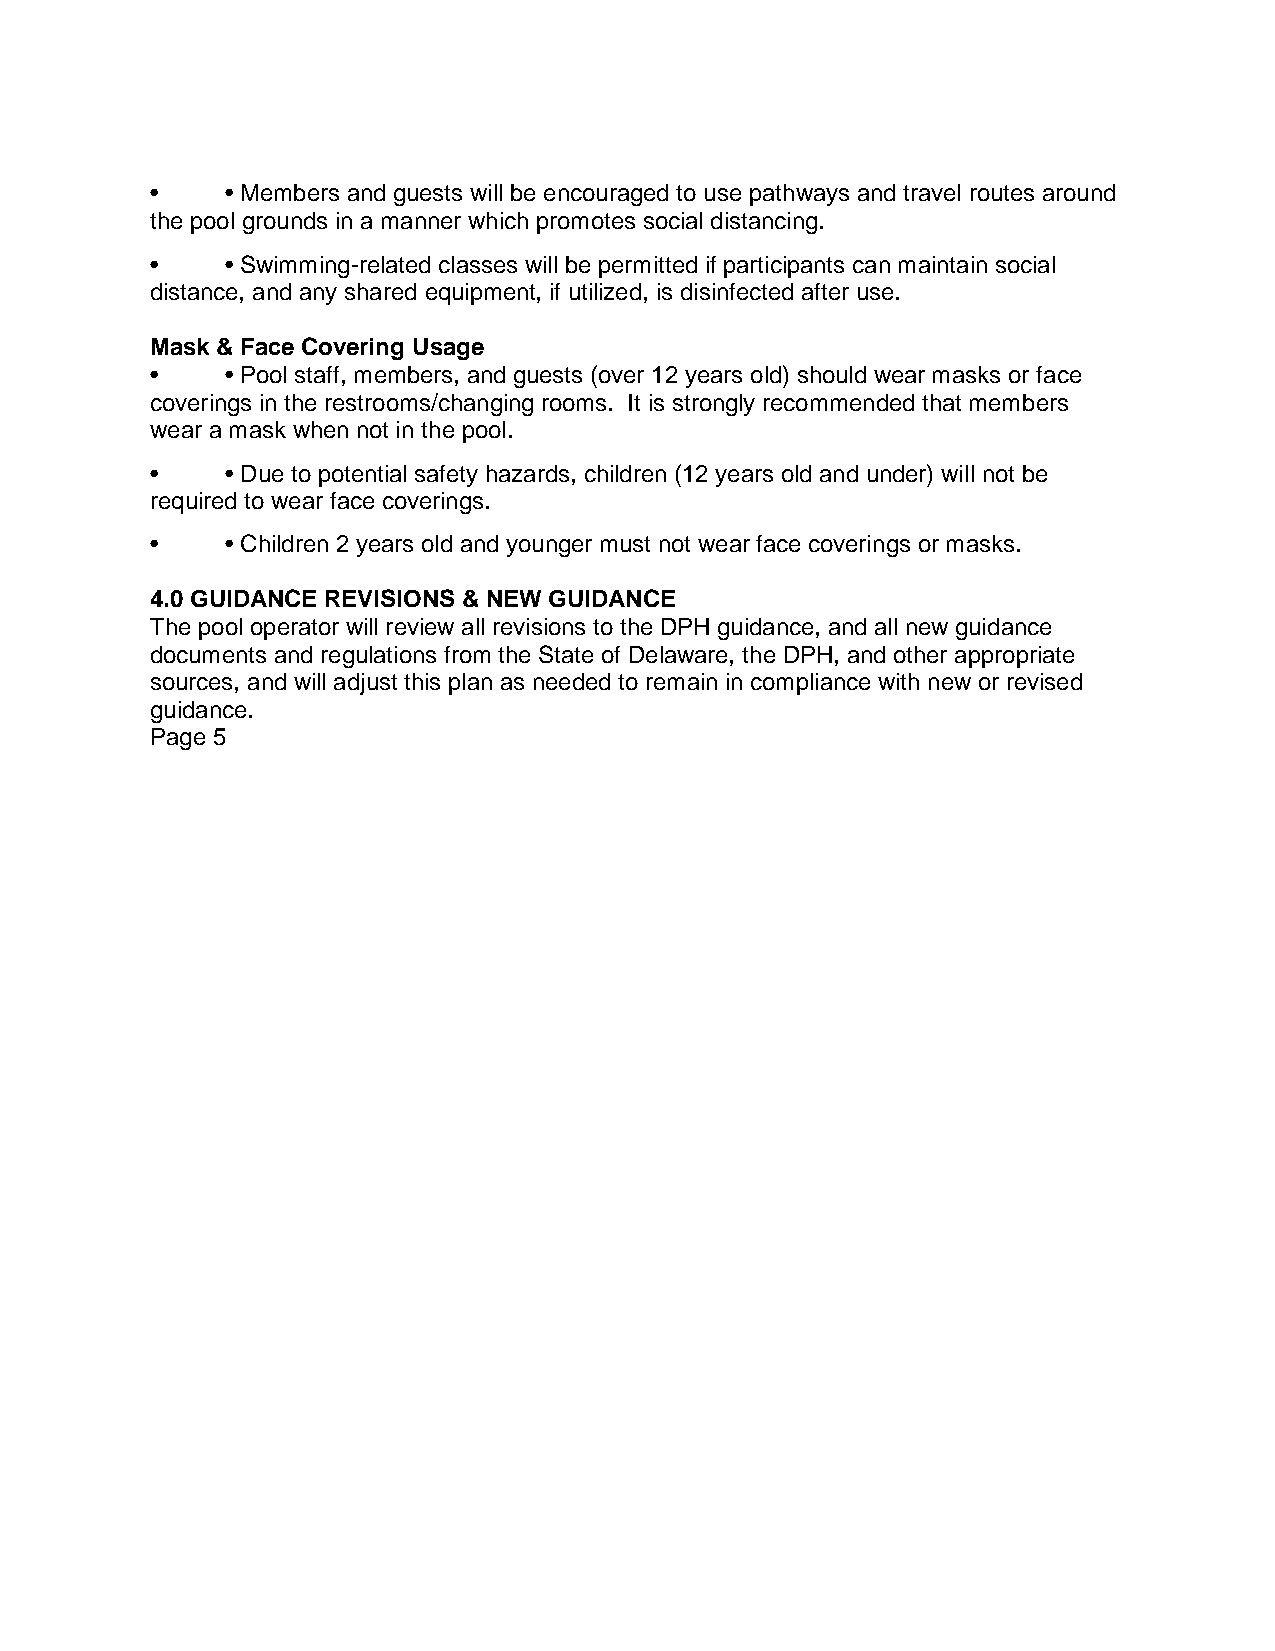
•    • Members and guests will be encouraged to use pathways and travel routes around
 the pool grounds in a manner which promotes social distancing.
 •    • Swimming-related classes will be permitted if participants can maintain social
 distance, and any shared equipment, if utilized, is disinfected after use.
 Mask & Face Covering Usage
 •    • Pool staff, members, and guests (over 12 years old) should wear masks or face
 coverings in the restrooms/changing rooms. It is strongly recommended that members
 wear a mask when not in the pool.
 •    • Due to potential safety hazards, children (12 years old and under) will not be
 required to wear face coverings.
 •    • Children 2 years old and younger must not wear face coverings or masks.
 4.0 GUIDANCE REVISIONS & NEW GUIDANCE
 The pool operator will review all revisions to the DPH guidance, and all new guidance
 documents and regulations from the State of Delaware, the DPH, and other appropriate
 sources, and will adjust this plan as needed to remain in compliance with new or revised
 guidance.
 Page 5